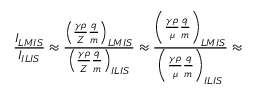
\frac { I _ { L M I S } } { I _ { I L I S } } \approx \frac { \left( \frac { \gamma \rho } { Z } \frac { q } { m } \right) _ { L M I S } } { \left( \frac { \gamma \rho } { Z } \frac { q } { m } \right) _ { I L I S } } \approx \frac { \left( \frac { \gamma \rho } { \mu } \frac { q } { m } \right) _ { L M I S } } { \left( \frac { \gamma \rho } { \mu } \frac { q } { m } \right) _ { I L I S } } \approx